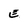
Character: E